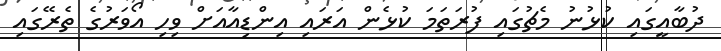
ދުބާއީގައި ކުޅުނު މެޗުގައި ފުރަތަމަ ކުޅެން އަރައި އިންޑިއާއަށް ވިހި އޯވަރުގެ ތެރޭގައި